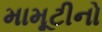
મામૂટીનો